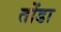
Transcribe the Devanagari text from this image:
तोंडा